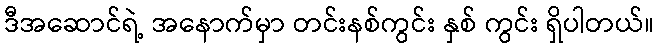
ဒီအဆောင်ရဲ့ အနောက်မှာ တင်းနစ်ကွင်း နှစ် ကွင်း ရှိပါတယ်။